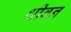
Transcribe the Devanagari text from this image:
थीबन